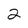
Character: 2